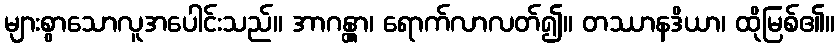
များစွာသောလူအပေါင်းသည်။ အာဂန္တွာ၊ ရောက်လာလတ်၍။ တဿာနဒိယာ၊ ထိုမြစ်၏။